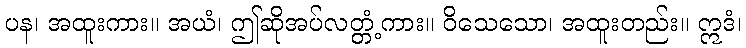
ပန၊ အထူးကား။ အယံ၊ ဤဆိုအပ်လတ္တံ့ကား။ ဝိသေသော၊ အထူးတည်း။ ဣဒံ၊